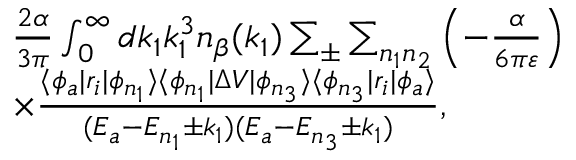
\begin{array} { r l } & { \frac { 2 \alpha } { 3 \pi } \int _ { 0 } ^ { \infty } d k _ { 1 } k _ { 1 } ^ { 3 } n _ { \beta } ( k _ { 1 } ) \sum _ { \pm } \sum _ { n _ { 1 } n _ { 2 } } \left( - \frac { \alpha } { 6 \pi \varepsilon } \right) } \\ & { \times \frac { \langle \phi _ { a } | r _ { i } | \phi _ { n _ { 1 } } \rangle \langle \phi _ { n _ { 1 } } | \Delta V | \phi _ { n _ { 3 } } \rangle \langle \phi _ { n _ { 3 } } | r _ { i } | \phi _ { a } \rangle } { ( E _ { a } - E _ { n _ { 1 } } \pm k _ { 1 } ) ( E _ { a } - E _ { n _ { 3 } } \pm k _ { 1 } ) } , } \end{array}